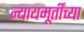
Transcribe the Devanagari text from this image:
न्यायमूर्तींच्या